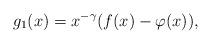
LaTeX: \begin{align*}g_1(x)=x^{-\gamma}(f(x)-\varphi (x)),\end{align*}